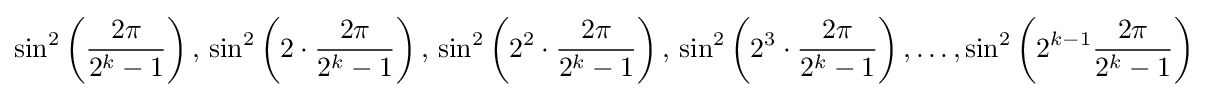
\sin ^{2}\left({\frac {2\pi }{2^{k}-1}}\right),\,\sin ^{2}\left(2\cdot {\frac {2\pi }{2^{k}-1}}\right),\,\sin ^{2}\left(2^{2}\cdot {\frac {2\pi }{2^{k}-1}}\right),\,\sin ^{2}\left(2^{3}\cdot {\frac {2\pi }{2^{k}-1}}\right),\dots ,\sin ^{2}\left(2^{k-1}{\frac {2\pi }{2^{k}-1}}\right)